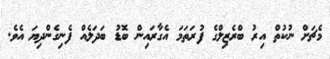
މެޗަށް ނުކުތް އިރު ބްރެޒިލްގެ ފުރަތަމަ އެގާރައިން ބޮޑު ބަދަލެއް ފެނިގެންދިޔަ އެވެ.